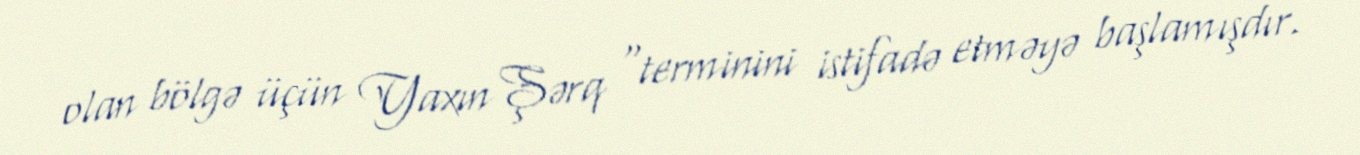
olan bölgə üçün Yaxın Şərq "terminini istifadə etməyə başlamışdır.